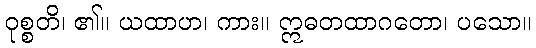
ဝုစ္စတိ၊ ၏။ ယထာဟ၊ ကား။ ဣဓတထာဂတော၊ ပသော။